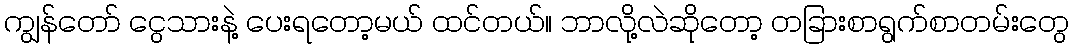
ကျွန်တော် ငွေသားနဲ့ ပေးရတော့မယ် ထင်တယ်။ ဘာလို့လဲဆိုတော့ တခြားစာရွက်စာတမ်းတွေ